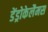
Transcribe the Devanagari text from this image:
डेंड्रोकेलैमस